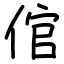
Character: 倌